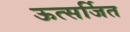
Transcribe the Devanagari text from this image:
ऊत्सर्जित